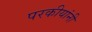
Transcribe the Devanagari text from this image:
परकीयांनी